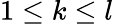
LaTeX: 1\le k\le l